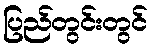
ပြည်တွင်းတွင်